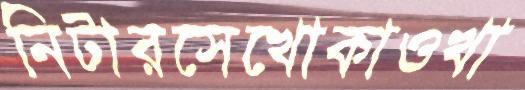
নিটারসেখোকাওখা